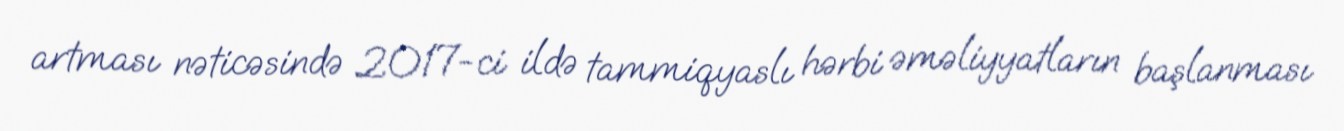
artması nəticəsində 2017-ci ildə tammiqyaslı hərbi əməliyyatların başlanması